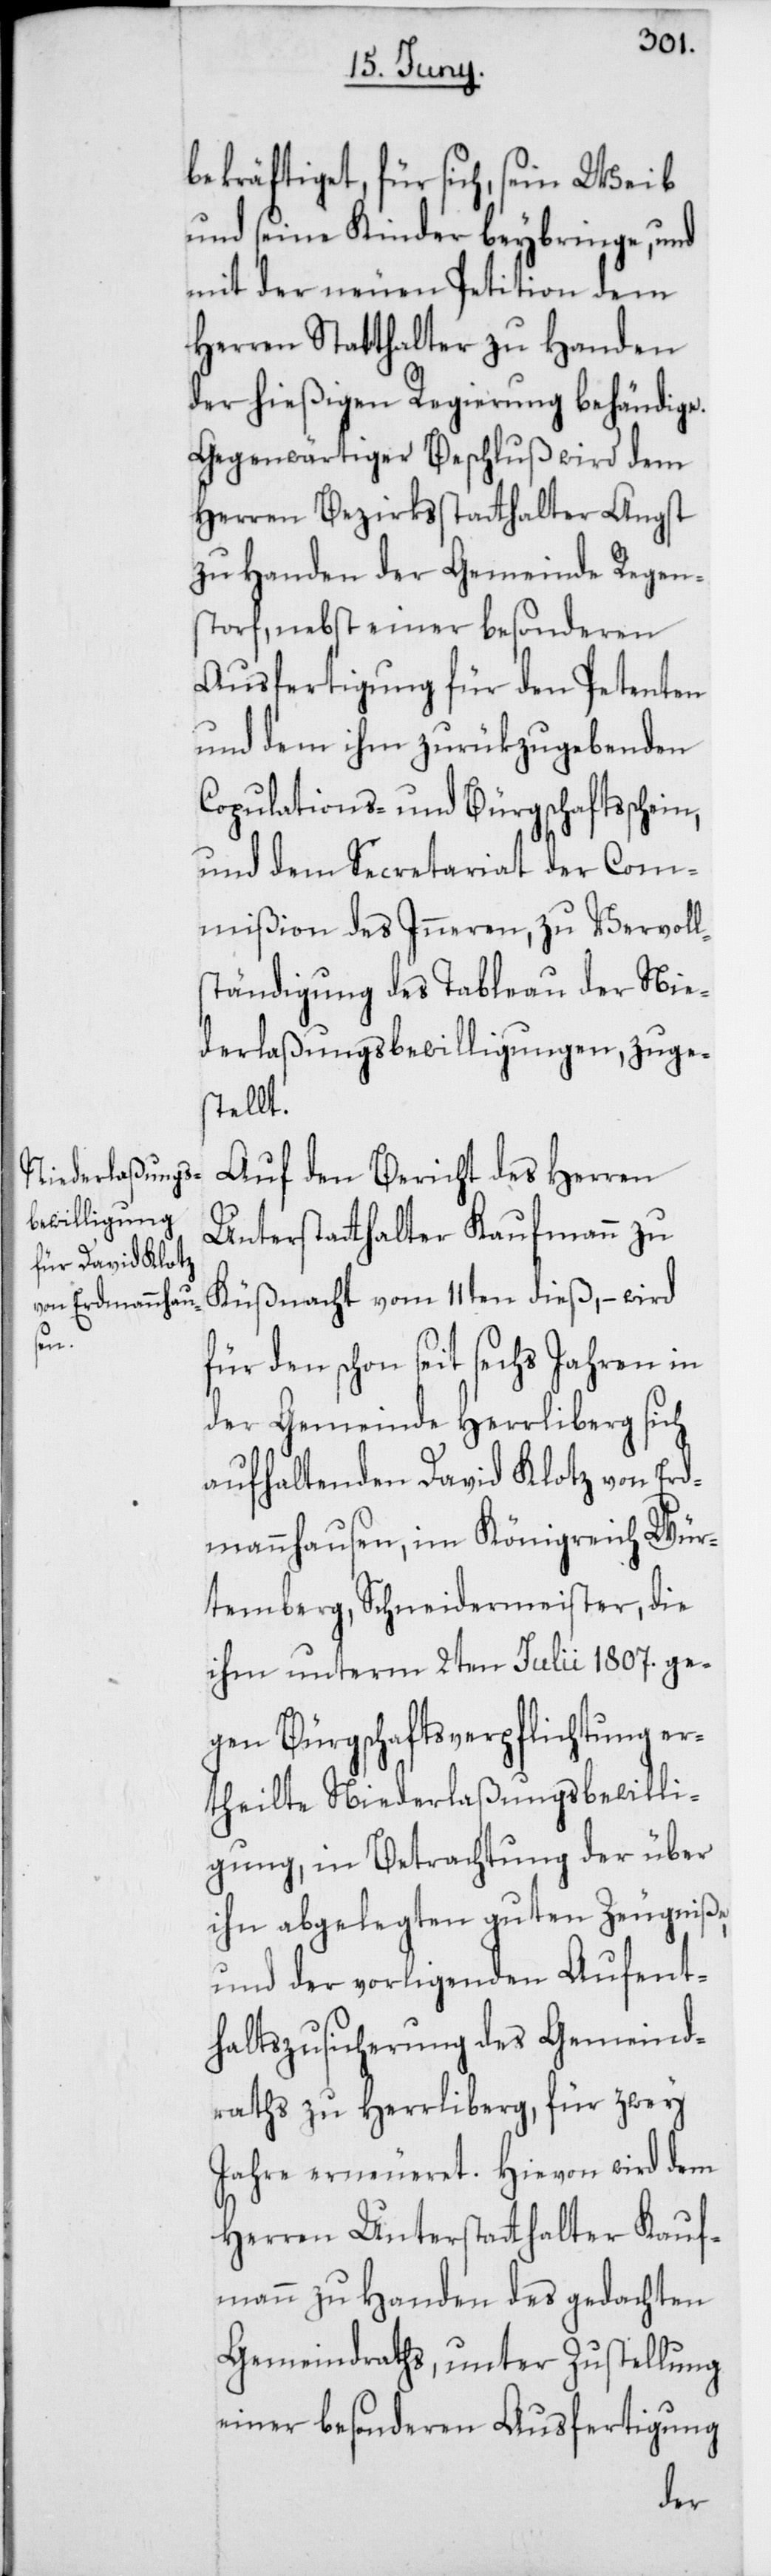
bekräftiget, für sich, sein Weib
und seine Kinder beybringe, und
mit der neuen Petition dem
Herren Statthalter zu Handen
der hießigen Regierung behändige.
Gegenwärtiger Beschluß wird dem
Herren Bezirksstatthalter Angst
zu Handen der Gemeinde Regen¬
storf, nebst einer besonderen
Ausfertigung für den Petenten
und dem ihm zurükzugebenden
Copulations- und Bürgschaftsschein,
und dem Secretariat der Com¬
mißion des Inneren, zu Vervoll¬
ständigung des Tableau der Nie¬
derlaßungsbewilligungen, zuge¬
stellt.
Auf den Bericht des Herren
Unterstatthalter Kaufmann zu
Küßnacht vom 11ten dieß, – wird
für den schon seit sechs Jahren in
der Gemeinde Herrliberg sich
aufhaltenden David Klotz von Erd¬
mannhausen im Königreich Wür¬
temberg, Schneidermeister, die
ihm unterm 2ten Julii 1807. ge¬
gen Bürgschaftsverpflichtung er¬
theilte Niederlaßungsbewilli¬
gung, in Betrachtung der über
ihn abgelegten guten Zeugniße,
und der vorligenden Aufent¬
haltszusicherung des Gemeind¬
raths zu Herrliberg, für zwey
Jahre erneueret. Hievon wird dem
Herren Unterstatthalter Kauf¬
mann zu Handen des gedachten
Gemeindraths, unter Zustellung
einer besonderen Ausfertigung